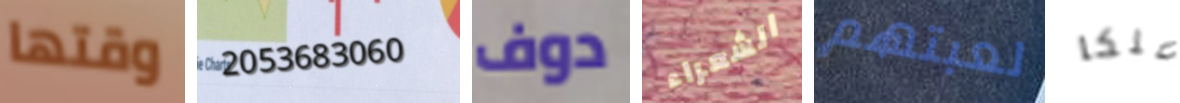
وقتها 2053683060 دوف الشعراء لعبتهم ملكا